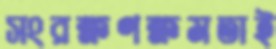
সংরক্ষণক্ষমতাই